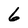
Character: 6